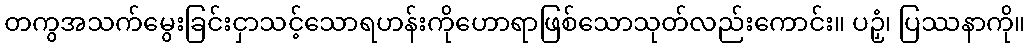
တကွအသက်မွေးခြင်းငှာသင့်သောရဟန်းကိုဟောရာဖြစ်သောသုတ်လည်းကောင်း။ ပဉှံ၊ ပြဿနာကို။